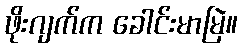
ဖိုးဂျက်က ခေါင်းမာမြဲ။